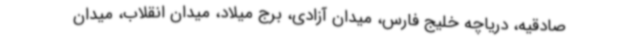
صادقیه، دریاچه خلیج فارس، میدان آزادی، برج میلاد، میدان انقلاب، میدان